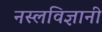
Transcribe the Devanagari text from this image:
नस्लविज्ञानी